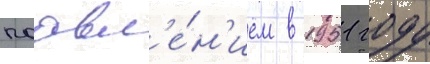
поавл'е́н'ием в 1951 году